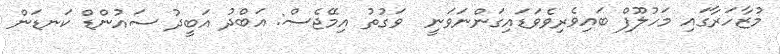
މުޒާހަރާގައި މަހުލޫފް ބައިވެރިވެވަޑައިގަންނަވަނީ  ވަގުތު އިމޭޖެސް: އަބްދު އަބީދު ސައުންޑް ކަނޑަން